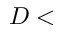
D <